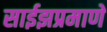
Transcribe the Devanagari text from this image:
साईझप्रमाणे